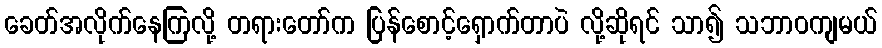
ခေတ်အလိုက်နေကြလို့ တရားတော်က ပြန်စောင့်ရှောက်တာပဲ လို့ဆိုရင် သာ၍ သဘာဝကျမယ်